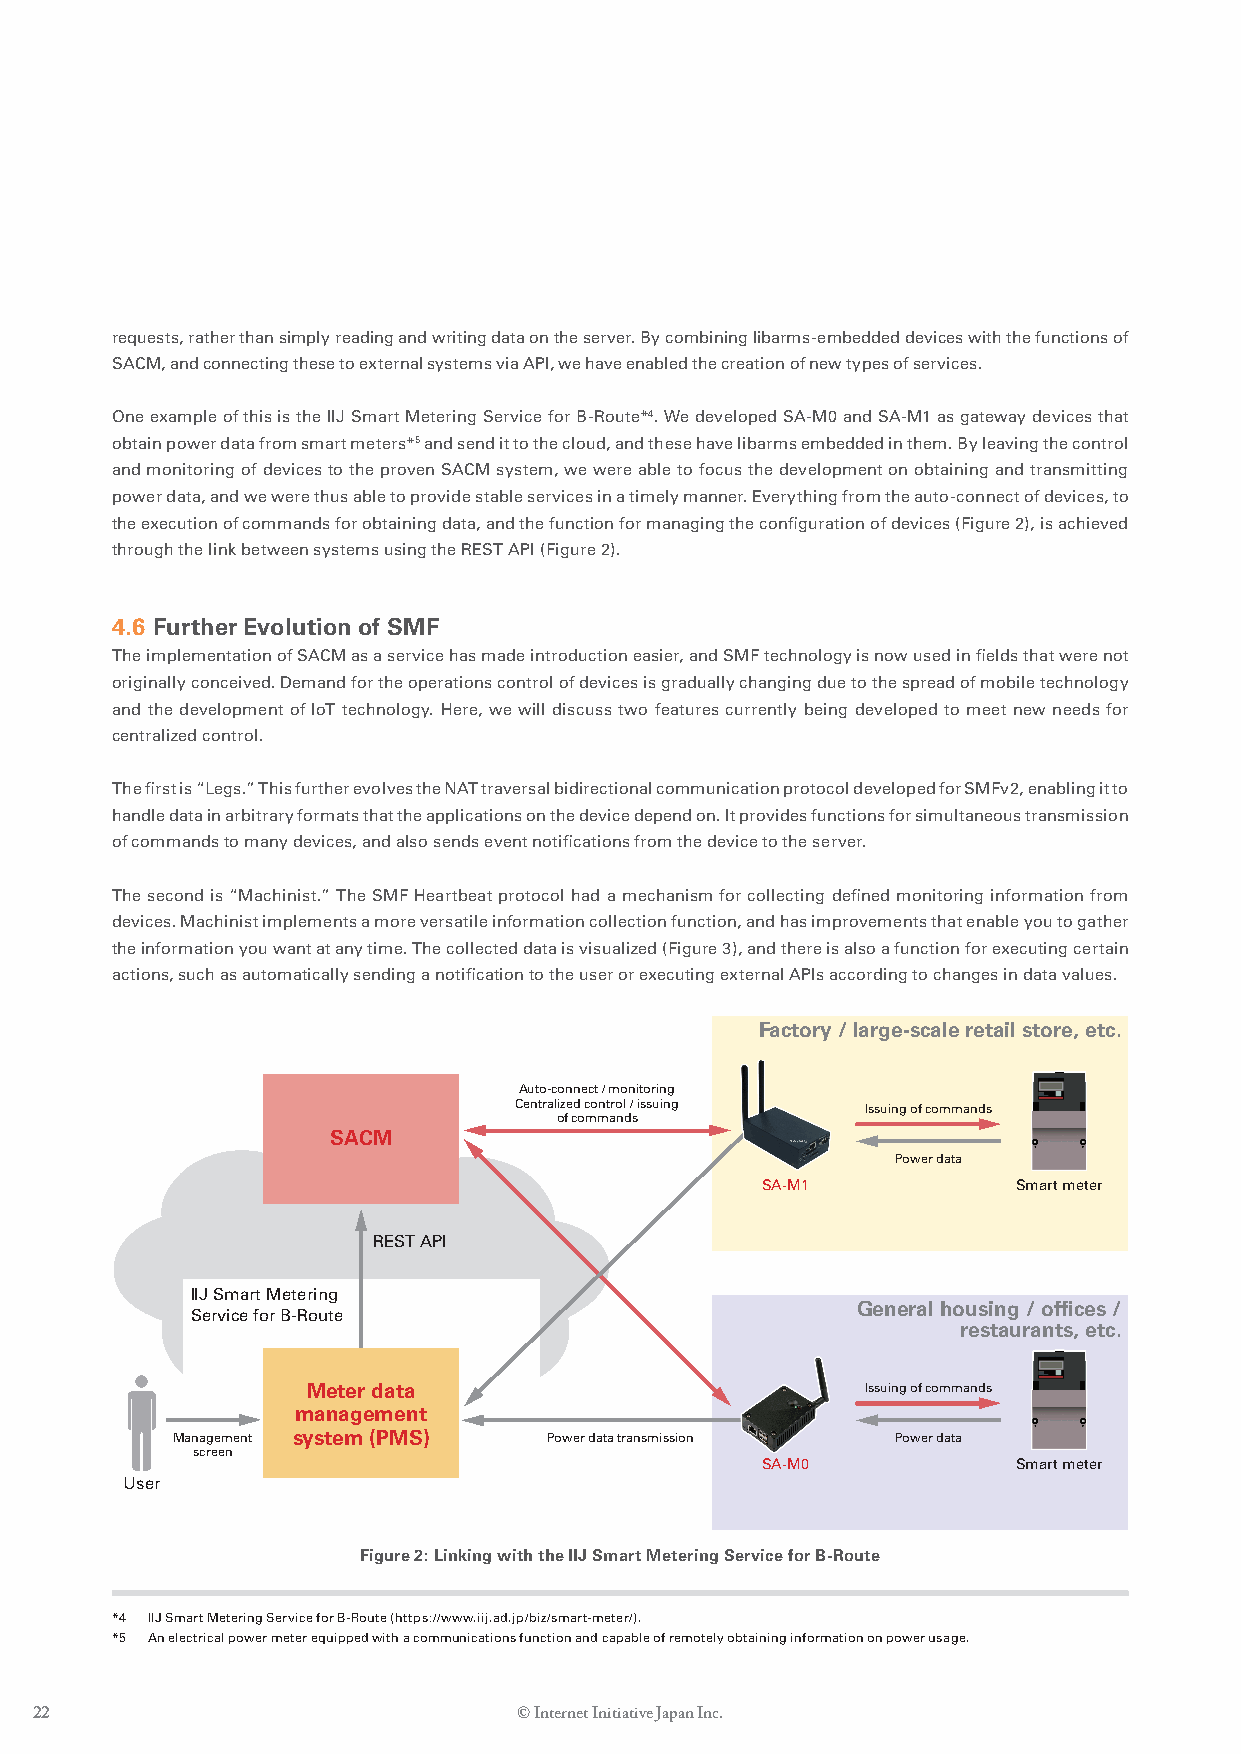
requests, rather than simply reading and writing data on the server. By combining libarms-embedded devices with the functions of
 SACM, and connecting these to external systems via API, we have enabled the creation of new types of services.
 One example of this is the IIJ Smart Metering Service for B-Route*4. We developed SA-M0 and SA-M1 as gateway devices that
 obtain power data from smart meters*5 and send it to the cloud, and these have libarms embedded in them. By leaving the control
 and monitoring of devices to the proven SACM system, we were able to focus the development on obtaining and transmitting
 power data, and we were thus able to provide stable services in a timely manner. Everything from the auto-connect of devices, to
 the execution of commands for obtaining data, and the function for managing the configuration of devices (Figure 2), is achieved
 through the link between systems using the REST API (Figure 2).
 4.6 Further Evolution of SMF
 The implementation of SACM as a service has made introduction easier, and SMF technology is now used in fields that were not
 originally conceived. Demand for the operations control of devices is gradually changing due to the spread of mobile technology
 and the development of IoT technology. Here, we will discuss two features currently being developed to meet new needs for
 centralized control.
 The first is “Legs.” This further evolves the NAT traversal bidirectional communication protocol developed for SMFv2, enabling it to
 handle data in arbitrary formats that the applications on the device depend on. It provides functions for simultaneous transmission
 of commands to many devices, and also sends event notifications from the device to the server.
 The second is “Machinist.” The SMF Heartbeat protocol had a mechanism for collecting defined monitoring information from
 devices. Machinist implements a more versatile information collection function, and has improvements that enable you to gather
 the information you want at any time. The collected data is visualized (Figure 3), and there is also a function for executing certain
 actions, such as automatically sending a notification to the user or executing external APIs according to changes in data values.
 Factory / large-scale retail store, etc.
 Auto-connect / monitoring
 Centralized control / issuing Issuing of commands
 of commands
 SACM
 Power data
 SA-M1            Smart meter
 REST API
 IIJ Smart Metering
 General housing / offices /
 Service for B-Route
 restaurants, etc.
 Meter data                           Issuing of commands
 management
 Management system (PMS)  Power data transmission Power data
 screen
 SA-M0            Smart meter
 User
 Figure 2: Linking with the IIJ Smart Metering Service for B-Route
 *4 IIJ Smart Metering Service for B-Route (https://www.iij.ad.jp/biz/smart-meter/).
 *5 An electrical power meter equipped with a communications function and capable of remotely obtaining information on power usage.
 22                              © Internet Initiative Japan Inc.